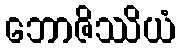
ဘောဇိဿိယံ